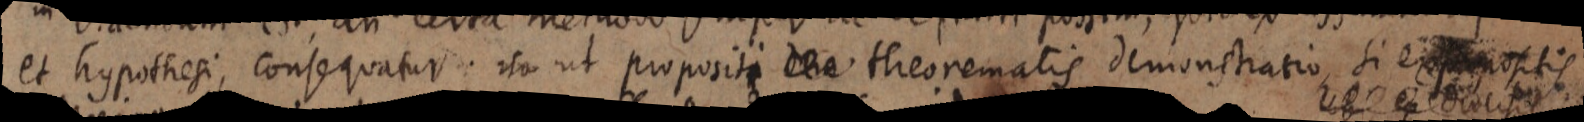
et hypothesi, consequatur. ita ut propositi _ theorematis demonstratio, si ex _ positis